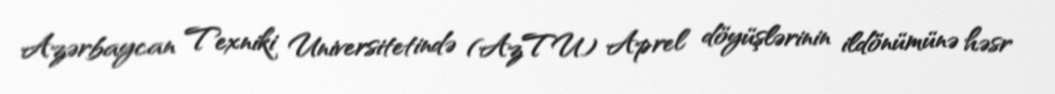
Azərbaycan Texniki Universitetində (AzTU) Aprel döyüşlərinin ildönümünə həsr